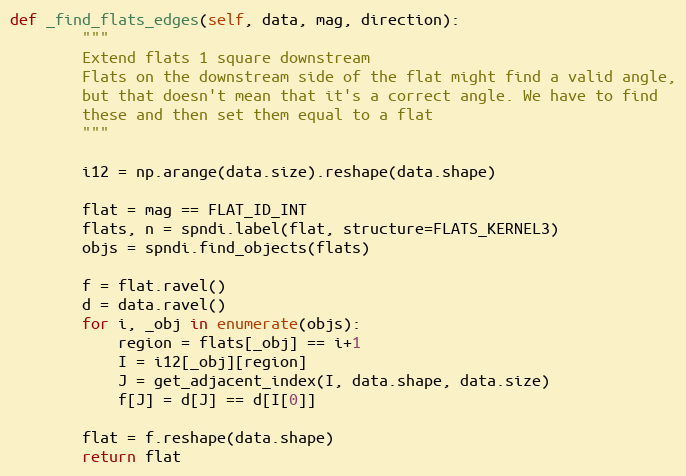
Language: Python
def _find_flats_edges(self, data, mag, direction):
        """
        Extend flats 1 square downstream
        Flats on the downstream side of the flat might find a valid angle,
        but that doesn't mean that it's a correct angle. We have to find
        these and then set them equal to a flat
        """

        i12 = np.arange(data.size).reshape(data.shape)

        flat = mag == FLAT_ID_INT
        flats, n = spndi.label(flat, structure=FLATS_KERNEL3)
        objs = spndi.find_objects(flats)

        f = flat.ravel()
        d = data.ravel()
        for i, _obj in enumerate(objs):
            region = flats[_obj] == i+1
            I = i12[_obj][region]
            J = get_adjacent_index(I, data.shape, data.size)
            f[J] = d[J] == d[I[0]]

        flat = f.reshape(data.shape)
        return flat